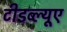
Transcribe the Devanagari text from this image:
टीडब्ल्‍यूए